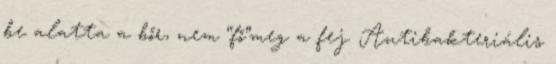
be alatta a bőr, nem “fő”meg a fej. Antibakteriális